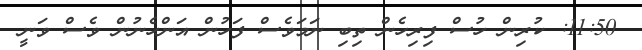
11:50: ކުރިން ހުސް ފިރިހެން ތިބި ނަމަވެސް ފަހުން އަންހެނުން ވެސް ވަނީ